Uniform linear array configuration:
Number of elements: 12
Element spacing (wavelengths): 0.75
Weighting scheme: cosine
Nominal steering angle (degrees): -45
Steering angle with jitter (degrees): -45.615
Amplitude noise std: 0.05
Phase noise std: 0.05

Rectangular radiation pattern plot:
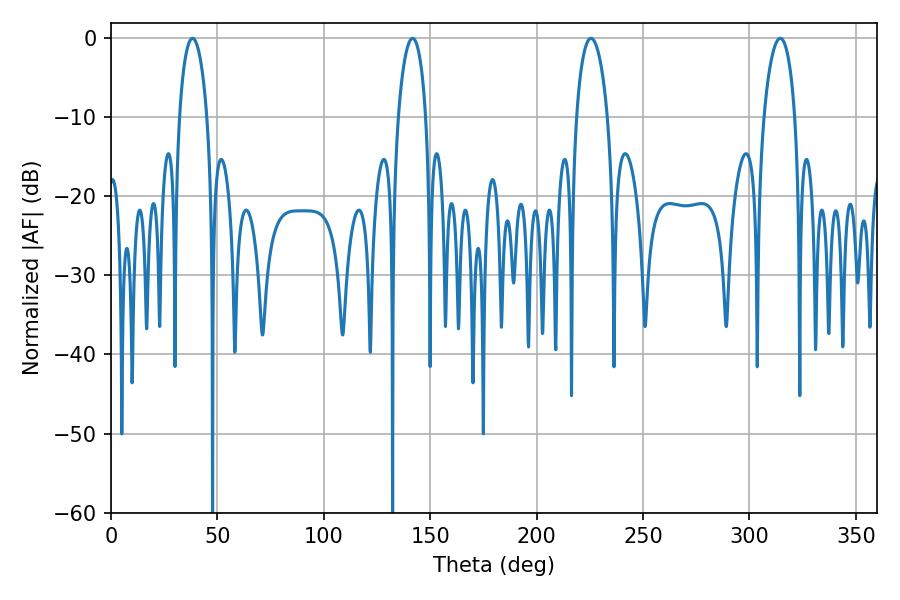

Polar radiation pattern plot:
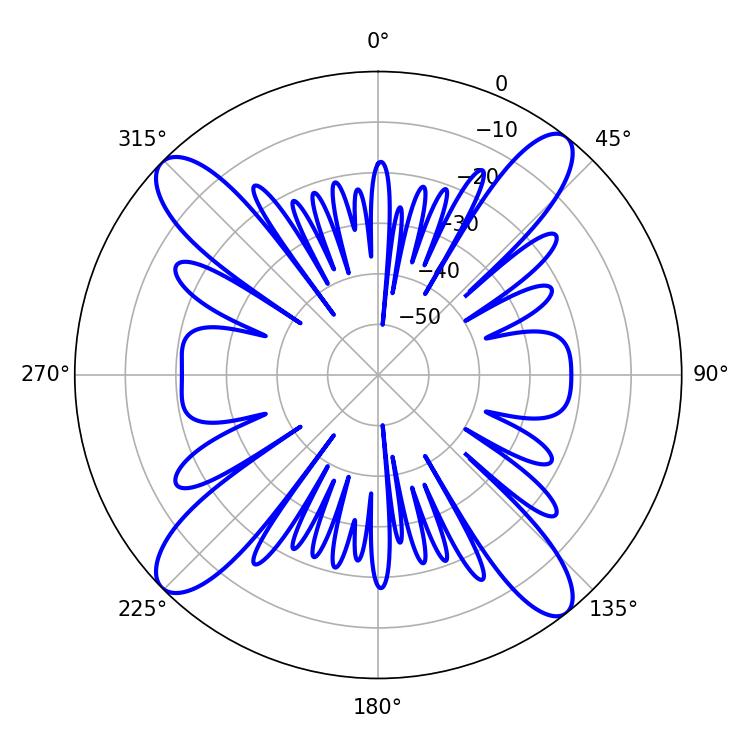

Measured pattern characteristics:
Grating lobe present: TRUE
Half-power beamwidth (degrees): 8.28
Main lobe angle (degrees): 225.54